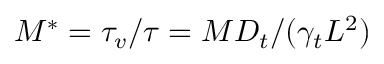
M ^ { * } = \tau _ { v } / \tau = M D _ { t } / ( \gamma _ { t } L ^ { 2 } )